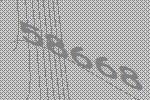
58668